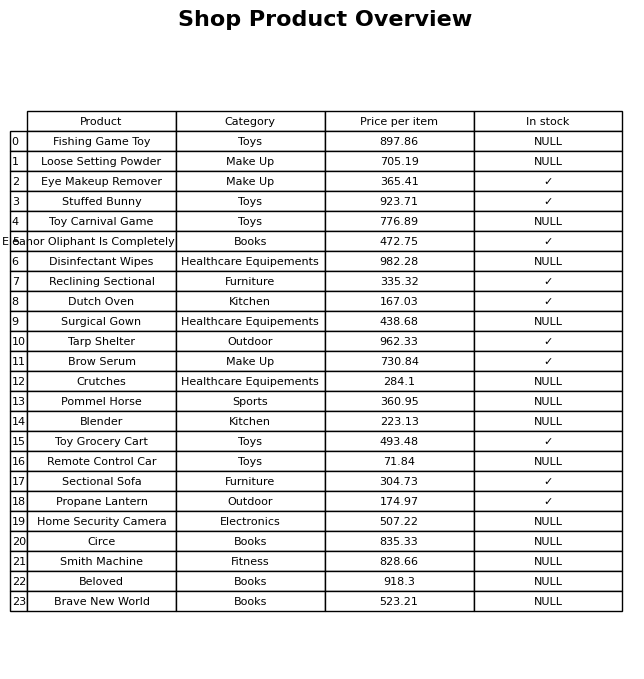
question: What is the price of the Tarp Shelter?
answer: The price of Tarp Shelter is 962.33.